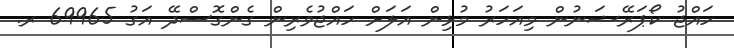
ހައްޖު ކޯޕަރޭޝަނުން މިއަހަރު މުޅިން އަލަށް ހައްޖުވެރިން ގެންގޮސްދޭ އަގު 69965 ރ.